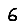
Digit: 6